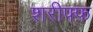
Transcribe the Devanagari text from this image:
शरीफ्फ़